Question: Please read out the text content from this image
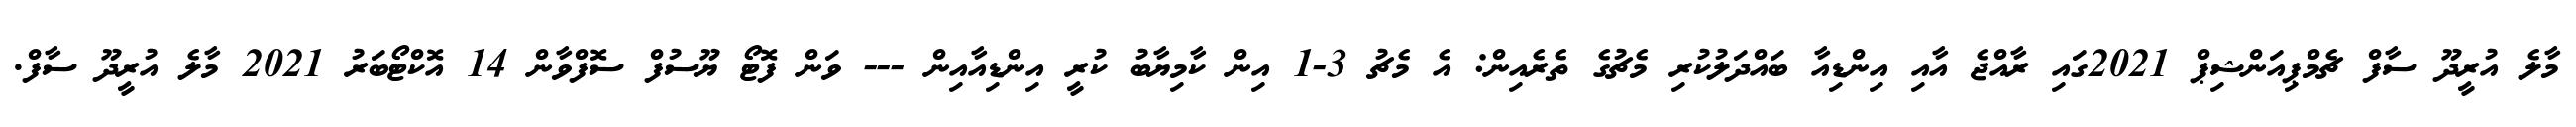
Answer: މާލެ އުރީދޫ ސާފް ޗެމްޕިއަންޝިޕް 2021ގައި ރާއްޖެ އާއި އިންޑިއާ ބައްދަލުކުރި މެޗުގެ ތެރެއިން: އެ މެޗު 3-1 އިން ކާމިޔާބު ކުރީ އިންޑިއާއިން --- ވަން ފޮޓޯ ޔޫސުފް ސޮފްވާން 14 އޮކްޓޯބަރު 2021 މާލެ އުރީދޫ ސާފް.